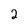
Character: 2